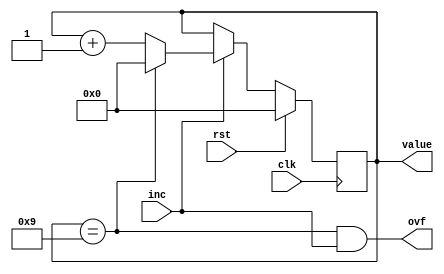
/*
   This file was generated automatically by Alchitry Labs version 1.2.7.
   Do not edit this file directly. Instead edit the original Lucid source.
   This is a temporary file and any changes made to it will be destroyed.
*/

module decimal_counter_16 (
    input clk,
    input rst,
    input inc,
    output reg ovf,
    output reg [3:0] value
  );
  
  
  
  reg [3:0] M_val_d, M_val_q = 1'h0;
  
  always @* begin
    M_val_d = M_val_q;
    
    value = M_val_q;
    ovf = M_val_q == 4'h9 && inc;
    if (inc) begin
      if (M_val_q == 4'h9) begin
        M_val_d = 1'h0;
      end else begin
        M_val_d = M_val_q + 1'h1;
      end
    end
  end
  
  always @(posedge clk) begin
    if (rst == 1'b1) begin
      M_val_q <= 1'h0;
    end else begin
      M_val_q <= M_val_d;
    end
  end
  
endmodule